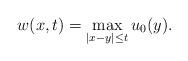
LaTeX: \begin{align*} w(x,t)=\max_{|x-y|\leq t} u_0(y).\end{align*}